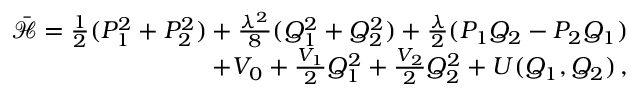
\begin{array} { r } { \bar { { \mathcal { H } } } = \frac { 1 } { 2 } ( P _ { 1 } ^ { 2 } + P _ { 2 } ^ { 2 } ) + \frac { \lambda ^ { 2 } } { 8 } ( Q _ { 1 } ^ { 2 } + Q _ { 2 } ^ { 2 } ) + \frac { \lambda } { 2 } ( P _ { 1 } Q _ { 2 } - P _ { 2 } Q _ { 1 } ) } \\ { + V _ { 0 } + \frac { V _ { 1 } } { 2 } Q _ { 1 } ^ { 2 } + \frac { V _ { 2 } } { 2 } Q _ { 2 } ^ { 2 } + U ( Q _ { 1 } , Q _ { 2 } ) \, , } \end{array}